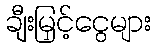
ချီးမြှင့်ငွေများ